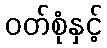
ဝတ်စုံနှင့်